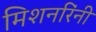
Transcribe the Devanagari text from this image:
मिशनरिंनी